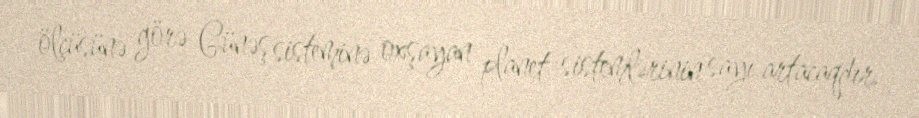
ölçüsünə görə Günəş sisteminə oxşayan planet sistemlərinin sayı artacaqdır.